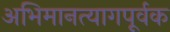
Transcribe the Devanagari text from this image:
अभिमानत्यागपूर्वक